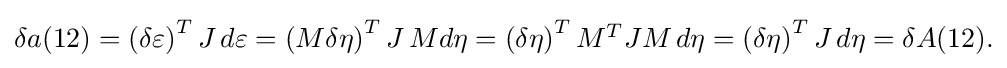
{\textstyle \delta a(12)={(\delta \varepsilon )}^{T}\,J\,d\varepsilon ={(M\delta \eta )}^{T}\,J\,Md\eta ={(\delta \eta )}^{T}\,M^{T}JM\,d\eta ={(\delta \eta )}^{T}\,J\,d\eta =\delta A(12).}